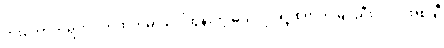
ဘိုးတော်ဘုရားလက်ထက်မှာ ပေါ်ထွန်းတဲ့ မယ်လုပ်ရဲ့ စံရာဘုံမြင့်ညီးလင်း အစချီ